Code of medical and sanitary regulations for the guidance of medical officers serving in the Madras Presidency - Volume I
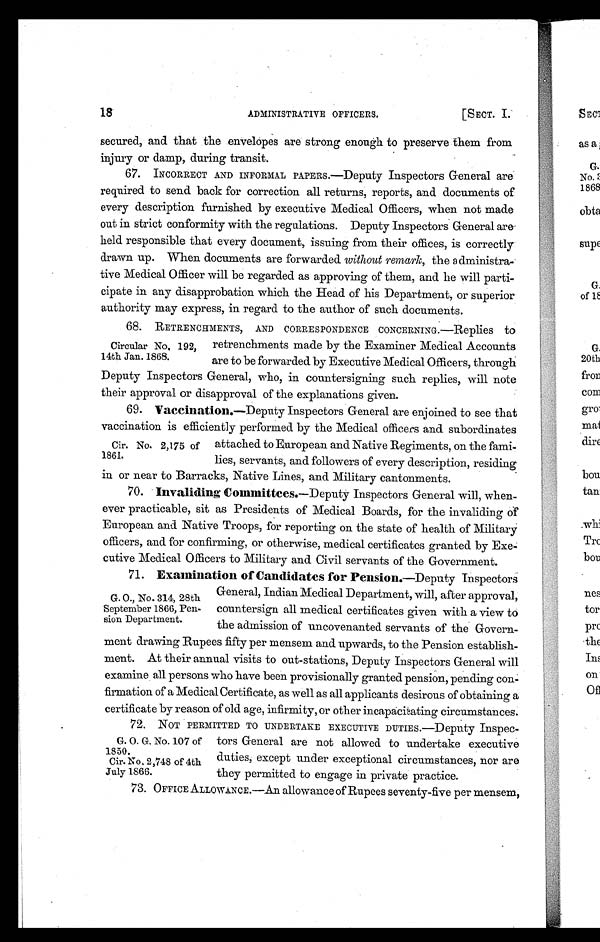
18
ADMINISTRATIVE OFFICERS.
[SECT. I
G. 0. G. No. 107 of
1850
Cir. No, 2,748 of 4th
July 1866._
secured, and that the envelopes are strong enough to preserve them from
injury or damp, during transit.
67. INCORRECT AND INFORMAL PAPERS.—Deputy Inspectors General are
required to send back for correction all returns, reports, and documents of
every description furnished by executive Medical Officers, when not made
out in strict conformity with the regulations. Deputy Inspectors General are
held responsible that every document, issuing from their offices, is correctly
drawn up. When documents are forwarded without remark, the administra-
tive Medical Officer will be regarded as approving of them, and he will parti-
cipate in any disapprobation which the Head. of his Department, or superior
authority may express, in regard to the author of such documents.
68. RETRENCHMENTS, AND CORRESPONDENCE CONCERNING.—Replies to
retrenchments made by the Examiner Medical Accounts
are to be forwarded by Executive Medical Officers, through
Deputy Inspectors General, who, in countersigning such replies, will note
their approval or disapproval of the explanations given.
69. Vaccination.—Deputy Inspectors General are enjoined to see that
vaccination is efficiently performed by the Medical officers and subordinates
attached to European and Native Regiments, on the fami-
lies, servants, and followers of every description, residing
in or near to Barracks, Native Lines, and Military cantonments.
70. Invaliding Committees.—Deputy Inspectors General will, when-
ever practicable, sit as Presidents of Medical Boards, for the invaliding or
European and Native Troops, for reporting on the state of health of Military
officers, and for confirming, or otherwise, medical certificates granted by Exe
- c u t i v e M e d i c a l O f f i c e r s t o M i l i t a r y a n d C i v i l s e r v a n t s o f t h e G o v e r n m e n t .
71. Examination of Candidates for Pension.—Deputy Inspectors
General, Indian Medical Department, will, after approval,
countersign all medical certificates given with a view to
the admission of uncovenanted servants of the Govern-
ment drawing Rupees fifty per mensem and upwards, to the Pension establish-
ment. At their annual visits to out-stations, Deputy Inspectors General will
examine all persons who have been provisionally granted pension, pending con-
firmation of a Medical Certificate, as well as all applicants desirous of obtaining a
certificate by reason of old age, infirmity, or other incapacitating circumstances.
72. NOT PERMITTED TO UNDERTAKE EXECUTIVE DUTIES.—Deputy Inspec-
tors General are not allowed to undertake executive
duties, except under exceptional circumstances, nor are
they permitted to engage in private practice.
73. OFFICE ALLOWANCE.—An allowance of Rupees seventy-five per mensem,
Circular No, 192,
14th Jan. 1868.
Cir. No. 2,175 of
1861.
G. 0., No. 314, 28th
September 1866, Pen.
sion Department.